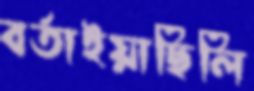
বর্তাইয়াছিলি